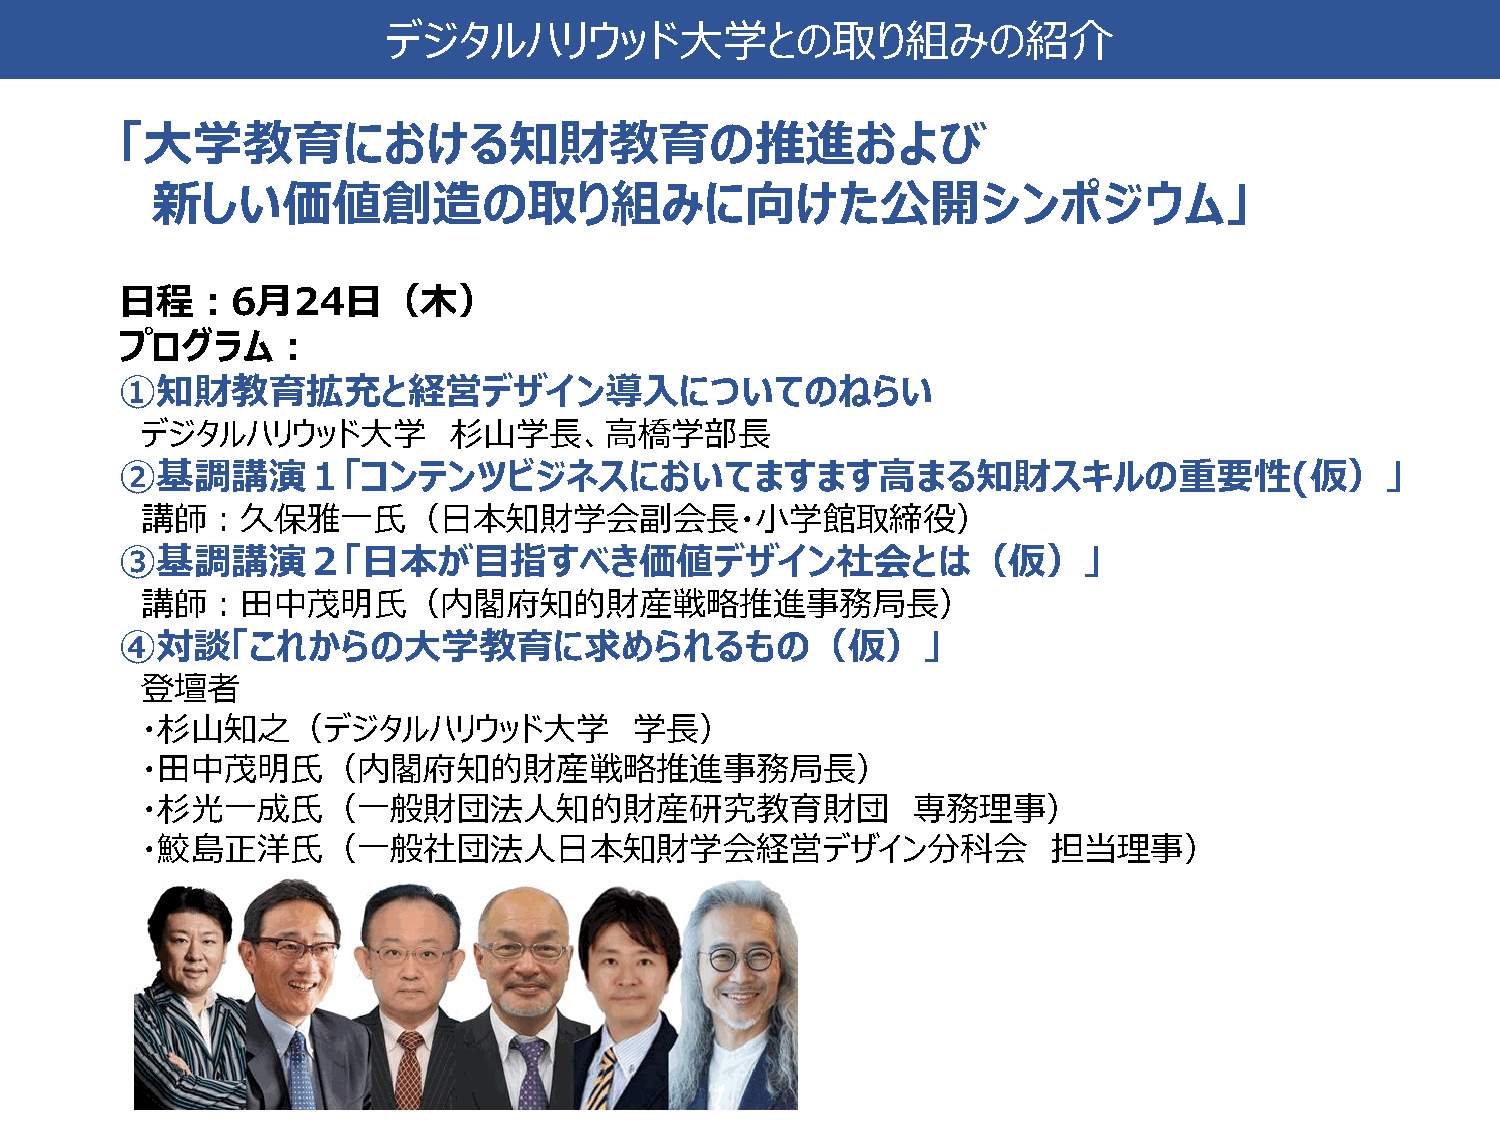
デジタルハリウッド大学との取り組みの紹介
 「大学教育における知財教育の推進および
 新しい価値創造の取り組みに向けた公開シンポジウム」
 日程：6月24日（木）
 プログラム：
 ①知財教育拡充と経営デザイン導入についてのねらい
 デジタルハリウッド大学          杉山学長、高橋学部長
 ②基調講演１「コンテンツビジネスにおいてますます高まる知財スキルの重要性(仮）」
 講師：久保雅一氏（日本知財学会副会長・小学館取締役）
 ③基調講演２「日本が目指すべき価値デザイン社会とは（仮）」
 講師：田中茂明氏（内閣府知的財産戦略推進事務局長）
 ④対談「これからの大学教育に求められるもの（仮）」
 登壇者
 ・杉山知之（デジタルハリウッド大学                学長）
 ・田中茂明氏（内閣府知的財産戦略推進事務局長）
 ・杉光一成氏（一般財団法人知的財産研究教育財団                            専務理事）
 ・鮫島正洋氏（一般社団法人日本知財学会経営デザイン分科会                                 担当理事）